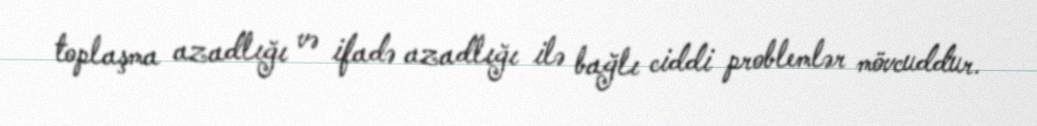
toplaşma azadlığı və ifadə azadlığı ilə bağlı ciddi problemlər mövcuddur.